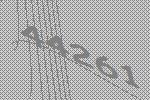
44261